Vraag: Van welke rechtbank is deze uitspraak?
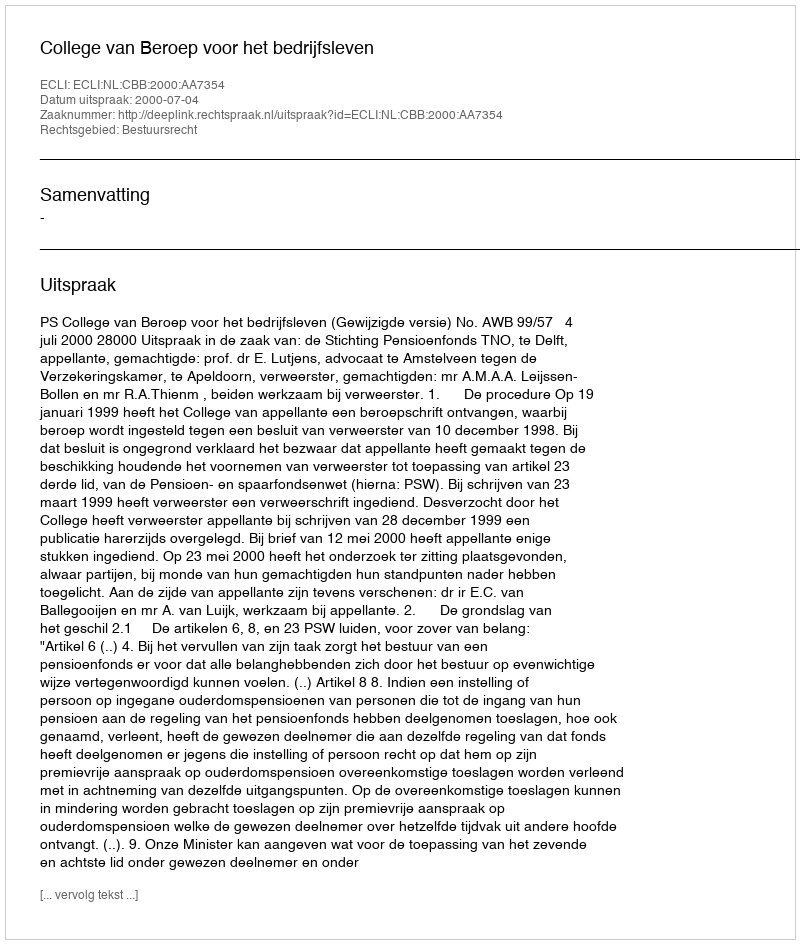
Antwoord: College van Beroep voor het bedrijfsleven